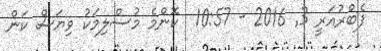
ފެބްރުއަރީ 3